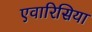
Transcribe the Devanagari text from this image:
एवारिसिया